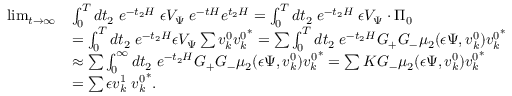
\begin{array} { r l } { \operatorname* { l i m } _ { t \to \infty } } & { \int _ { 0 } ^ { T } d t _ { 2 } \; e ^ { - t _ { 2 } H } \; { \epsilon } V _ { \Psi } \; e ^ { - t H } e ^ { t _ { 2 } H } = \int _ { 0 } ^ { T } d t _ { 2 } \; e ^ { - t _ { 2 } H } \; { \epsilon } V _ { \Psi } \cdot \Pi _ { 0 } } \\ & { = \int _ { 0 } ^ { T } d t _ { 2 } \; e ^ { - t _ { 2 } H } { \epsilon } V _ { \Psi } \sum v _ { k } ^ { 0 } { v _ { k } ^ { 0 } } ^ { \ast } = \sum \int _ { 0 } ^ { T } d t _ { 2 } \; e ^ { - t _ { 2 } H } G _ { + } G _ { - } \mu _ { 2 } ( { \epsilon } \Psi , v _ { k } ^ { 0 } ) { v _ { k } ^ { 0 } } ^ { \ast } } \\ & { \approx \sum \int _ { 0 } ^ { \infty } d t _ { 2 } \; e ^ { - t _ { 2 } H } G _ { + } G _ { - } \mu _ { 2 } ( { \epsilon } \Psi , v _ { k } ^ { 0 } ) { v _ { k } ^ { 0 } } ^ { \ast } = \sum K G _ { - } \mu _ { 2 } ( { \epsilon } \Psi , v _ { k } ^ { 0 } ) { v _ { k } ^ { 0 } } ^ { \ast } } \\ & { = \sum { \epsilon } v _ { k } ^ { 1 } \; { v _ { k } ^ { 0 } } ^ { \ast } . } \end{array}